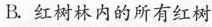
B.红树林内的所有红树